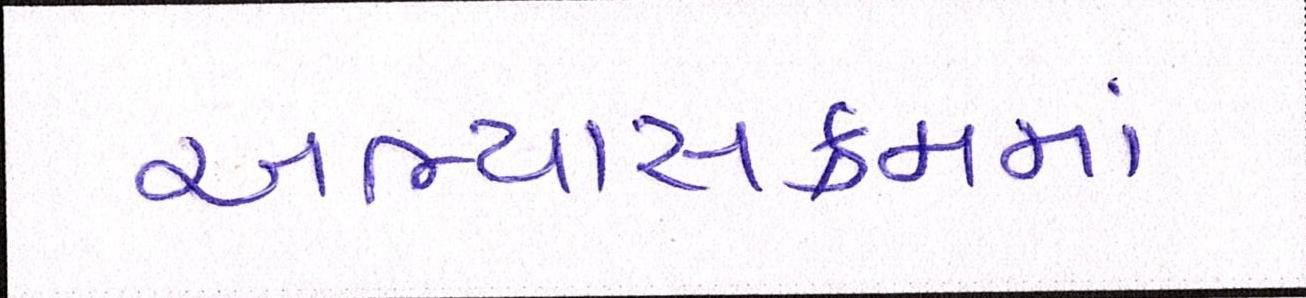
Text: અભ્યાસક્રમમાં